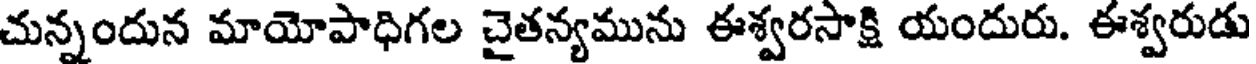
చున్నందున మాయోపాధిగల చైతన్యమును ఈశ్వరసాక్షి యందురు. ఈశ్వరుడు